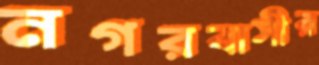
নগরবাসীর